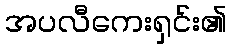
အပလီကေးရှင်း၏